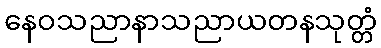
နေဝသညာနာသညာယတနသုတ္တံ